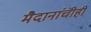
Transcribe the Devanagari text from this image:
मैदानांचीही